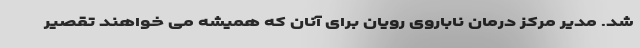
شد. مدیر مرکز درمان ناباروی رویان برای آنان که همیشه می خواهند تقصیر